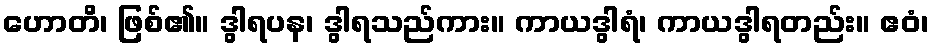
ဟောတိ၊ ဖြစ်၏။ ဒွါရပန၊ ဒွါရသည်ကား။ ကာယဒွါရံ၊ ကာယဒွါရတည်း။ ဧဝံ၊